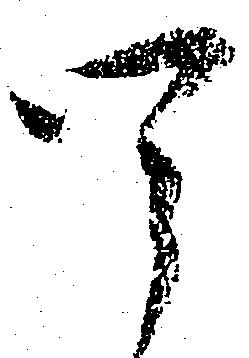
四